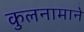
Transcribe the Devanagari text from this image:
कुलनामाने